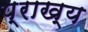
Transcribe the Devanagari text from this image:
प्राख्य